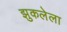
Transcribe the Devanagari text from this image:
झुकलेला